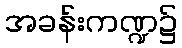
အခန်းကဏ္ဍ၌